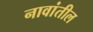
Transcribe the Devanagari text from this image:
नावांतील